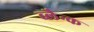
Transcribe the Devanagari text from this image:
ब्लैन्क